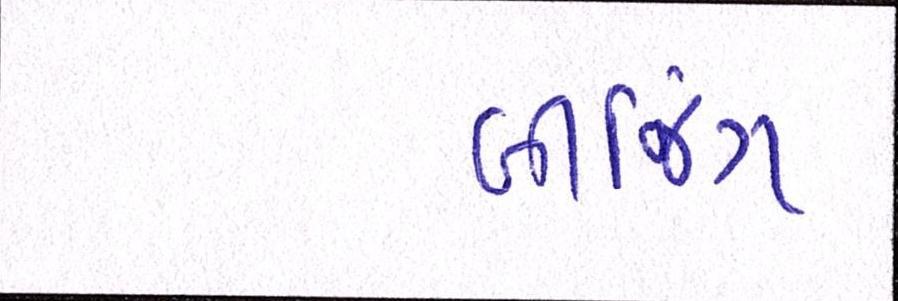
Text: બીજિંગ